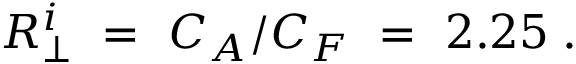
R _ { \perp } ^ { i } \ = \ C _ { A } / C _ { F } \ = \ 2 . 2 5 \; .